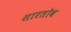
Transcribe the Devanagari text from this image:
सारतोव